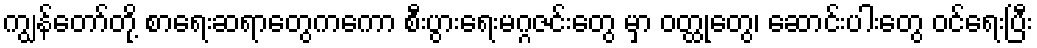
ကျွန်တော်တို့ စာရေးဆရာတွေကကော စီးပွားရေးမဂ္ဂဇင်းတွေ မှာ ဝတ္ထုတွေ၊ ဆောင်းပါးတွေ ဝင်ရေးပြီး